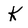
Character: K